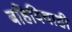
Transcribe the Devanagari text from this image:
बहिविवाही